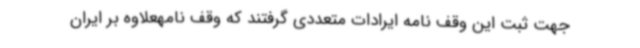
جهت ثبت این وقف نامه ایرادات متعددی گرفتند که وقف نامهعلاوه بر ایران